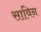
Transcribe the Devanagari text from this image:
साविन